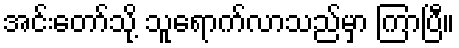
အင်းတော်သို့ သူရောက်လာသည်မှာ ကြာပြီ။